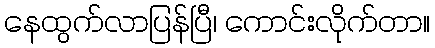
နေထွက်လာပြန်ပြီ၊ ကောင်းလိုက်တာ။